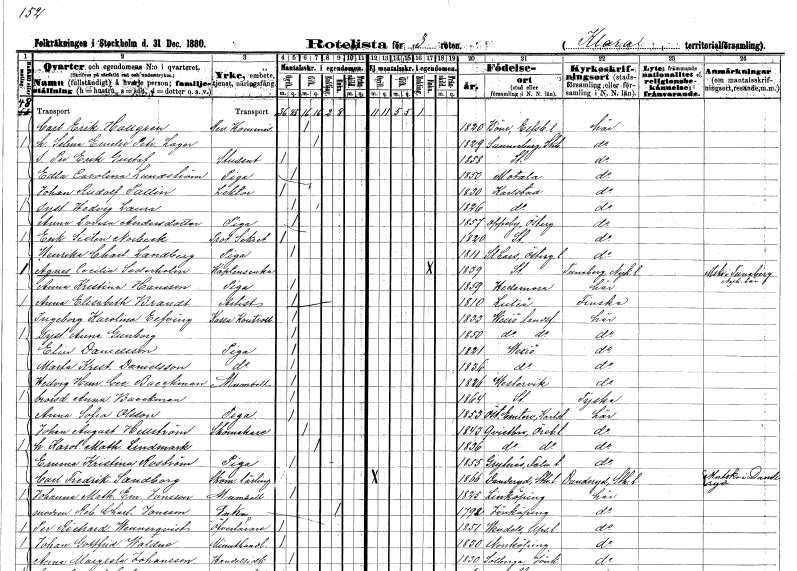
gt_parse: households: individuals: FN: Carl Erik
EN: Hallgren
YRKE: Revisionskomissarie
KON: M
CIV: G
FODAR: 1820
FODFORS: Böne Älvsborgs län
FN: Selma Emelie Petronella
EN: Lager
KON: K
CIV: G
FODAR: 1829
FODFORS: Sunnersberg Skaraborgs län
FN: Per Erik Gustaf
YRKE: Student
KON: M
CIV: O
FODAR: 1858
FODFORS: Stockholm
FN: Edla Carolina
EN: Lundström
YRKE: Piga
KON: K
CIV: O
FODAR: 1850
FODFORS: Motala Östergötlands län
FN: Johan Rudolf
EN: Pallin
YRKE: Lektor
KON: M
CIV: O
FODAR: 1830
FODFORS: Karlstad Värmlands län
FN: Hedvig Laura
KON: K
CIV: O
FODAR: 1826
FODFORS: Karlstad Värmlands län
FN: Anna Lovisa
EN: Andersdotter
YRKE: Piga
KON: K
CIV: O
FODAR: 1857
FODFORS: Oppeby Östergötlands län
FN: Erik Sixten
EN: Norbeck
YRKE: Protokollsekreterare
KON: M
CIV: O
FODAR: 1820
FODFORS: Stockholm
FN: Henrika Charlotta
EN: Landberg
YRKE: Piga
KON: K
CIV: O
FODAR: 1811
FODFORS: Sankt Lars Linköping Östergötlands län
FN: Agnes Cecilia
EN: Sederholm
YRKE: Kaptensänka
KON: K
CIV: E
FODAR: 1839
FODFORS: Stockholm
FN: Anna Kristina
EN: Hansson
YRKE: Piga
KON: K
CIV: O
FODAR: 1859
FODFORS: Hedemora Kopparbergs län
FN: Anna Elisabeth
EN: Brandt
YRKE: Artist
KON: K
CIV: O
FODAR: 1810
FODFORS: Luleå Norrbottens län
FN: Ingeborg Karolina
EN: Elfving
YRKE: Kassakontrollant
KON: K
CIV: O
FODAR: 1833
FODFORS: Växjö landsförsamling Kronobergs län
FN: Anna Gunborg
KON: K
CIV: O
FODAR: 1850
FODFORS: Växjö landsförsamling Kronobergs län
FN: Elin
EN: Danielsson
YRKE: Piga
KON: K
CIV: O
FODAR: 1821
FODFORS: Växjö Kronobergs län
FN: Marta Kristina
EN: Danielsson
YRKE: Piga
KON: K
CIV: O
FODAR: 1836
FODFORS: Växjö Kronobergs län
FN: Hedvig Henrika Cecilia
EN: Backman
KON: K
CIV: O
FODAR: 1826
FODFORS: Västervik Kalmar län
FN: Anna
EN: Backman
KON: K
CIV: O
FODAR: 1864
FODFORS: Stockholm
FN: Anna Sofia
EN: Olsson
YRKE: Piga
KON: K
CIV: O
FODAR: 1853
FODFORS: Östra Ämtervik Värmlands län
FN: Johan August
EN: Hellström
YRKE: Skomakare
KON: M
CIV: G
FODAR: 1843
FODFORS: Kvistbro Örebro län
FN: Karolina Mathilda
EN: Lindmark
KON: K
CIV: G
FODAR: 1836
FODFORS: Kvistbro Örebro län
FN: Emma Kristina
EN: Roström
YRKE: Piga
KON: K
CIV: O
FODAR: 1855
FODFORS: Grytnäs Kopparbergs län
FN: Carl Fredrik
EN: Sandborg
YRKE: Skomakarelärling
KON: M
CIV: O
FODAR: 1866
FODFORS: Danderyd Stockholms län
FN: Johanna Mathilda Emelie
EN: Jonsson
KON: K
CIV: O
FODAR: 1825
FODFORS: Linköping Östergötlands län
FN: Rebecka Charlotta
EN: Jonsson
YRKE: Änka
KON: K
CIV: E
FODAR: 1792
FODFORS: Jönköping Jönköpings län
FN: Per Richard
EN: Wennerqvist
YRKE: Överläkare
KON: M
CIV: O
FODAR: 1851
FODFORS: Vendel Uppsala län
FN: Johan Gottfrid
EN: Walne
YRKE: Minuthandlare
KON: M
CIV: O
FODAR: 1830
FODFORS: Norrköping Östergötlands län
FN: Anna Margreta
EN: Johansson
YRKE: Handelsidkare
KON: K
CIV: O
FODAR: 1830
FODFORS: Solberga Jönköpings län